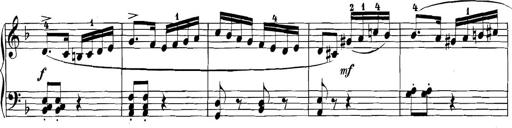
Title: 3 Sonatinas
Composer: Carl Reinecke